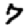
Digit: 7